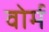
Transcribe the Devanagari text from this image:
वोर्म